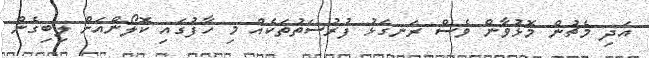
އަދި މެޗުން މޮޅުވާން ވެސް ރަނގަޅު ފުރުސަތުތަކެއް މި ހާފުގައި ކޮލޯންއަށް ލިބިގެން